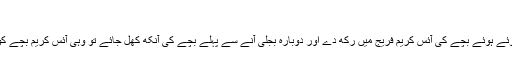
جیسے کہ….
بجلی فیل ہونے سے کچھ دیر پہلے اگر ایک ماں اپنے سوئے ہوئے بچے کی آئس کریم فریج میں رکھ دے اور دوبارہ بجلی آنے سے پہلے بچے کی آنکھ کھل جائے تو وہی آئس کریم بچے کو کھلانے کی بجائے آسانی سے فیڈر میں پلا سکتی ہے ۔